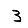
Digit: 3